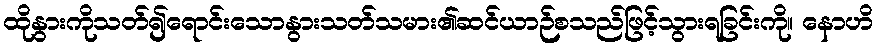
ထိုနွားကိုသတ်၍ရောင်းသောနွားသတ်သမား၏ဆင်ယာဉ်စသည်ဖြင့်သွားရခြင်းကို။ နောဟိ